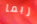
ربما